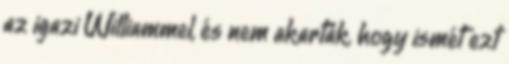
az igazi Williammel, és nem akarták, hogy ismét ezt